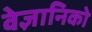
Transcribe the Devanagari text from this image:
वेज्ञानिको